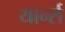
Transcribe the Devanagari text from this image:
यार्न्स